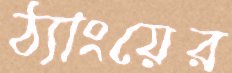
ঠ্যাংয়ের